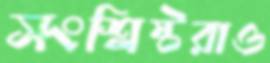
সংশ্লিষ্টরাও